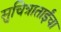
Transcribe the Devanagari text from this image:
सुचित्राताईंचा